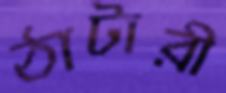
ঠাটারী